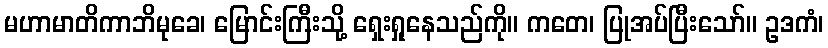
မဟာမာတိကာဘိမုခေ၊ မြောင်းကြီးသို့ ရှေးရှုနေသည်ကို။ ကတေ၊ ပြုအပ်ပြီးသော်။ ဥဒကံ၊